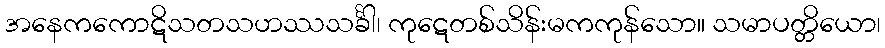
အနေကကောဋိသတသဟဿသင်္ခါ၊ ကုဋေတစ်သိန်းမကကုန်သော။ သမာပတ္တိယော၊